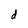
Character: d